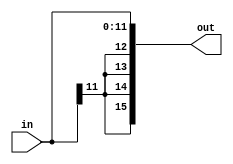
`timescale 1ns / 1ps
//////////////////////////////////////////////////////////////////////////////////
// Company: 
// Engineer: 
// 
// Design Name: 
// Module Name:    SignExtender12to16 
// Project Name: 
// Target Devices: 
// Tool versions: 
// Description: 
//
// Dependencies: 
//
// Revision: 
// Revision 0.01 - File Created
// Additional Comments: 
//
//////////////////////////////////////////////////////////////////////////////////
module SignExtender12to16(
		input [11:0] in,
		output reg [15:0] out
    );

always @ (in)
begin
	out = $signed(in);
end

endmodule